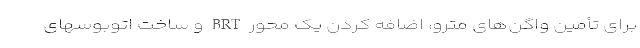
برای تأمین واگن‌های مترو، اضافه کردن یک محور BRT و ساخت اتوبوسهای